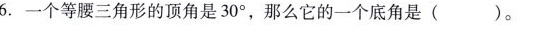
6.一个等腰三角形的顶角是30°，那么它的一个底角是 ( )。